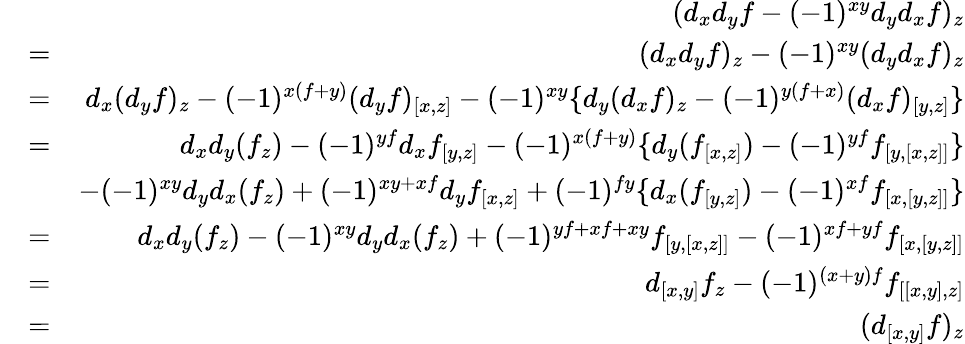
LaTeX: \begin{array}{rlr}&{}&{(d_{x}d_{y}f-(-1)^{xy}d_{y}d_{x}f)_{z}}\\ &{=}&{(d_{x}d_{y}f)_{z}-(-1)^{xy}(d_{y}d_{x}f)_{z}}\\ &{=}&{d_{x}(d_{y}f)_{z}-(-1)^{x(f+y)}(d_{y}f)_{[x,z]}-(-1)^{xy}\{ d_{y}(d_{x}f)_{z}-(-1)^{y(f+x)}(d_{x}f)_{[y,z]}\} }\\ &{=}&{d_{x}d_{y}(f_{z})-(-1)^{yf}d_{x}f_{[y,z]}-(-1)^{x(f+y)}\{ d_{y}(f_{[x,z]})-(-1)^{yf}f_{[y,[x,z]]}\} }\\ &{}&{-(-1)^{xy}d_{y}d_{x}(f_{z})+(-1)^{xy+xf}d_{y}f_{[x,z]}+(-1)^{fy}\{ d_{x}(f_{[y,z]})-(-1)^{xf}f_{[x,[y,z]]}\} }\\ &{=}&{d_{x}d_{y}(f_{z})-(-1)^{xy}d_{y}d_{x}(f_{z})+(-1)^{yf+xf+xy}f_{[y,[x,z]]}-(-1)^{xf+yf}f_{[x,[y,z]]}}\\ &{=}&{d_{[x,y]}f_{z}-(-1)^{(x+y)f}f_{[[x,y],z]}}\\ &{=}&{(d_{[x,y]}f)_{z}}\end{array}